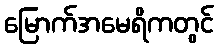
မြောက်အမေရိကတွင်